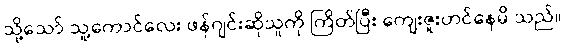
သို့သော် သူ့ကောင်လေး ဖန်ဂျင်းဆိုသူကို ကြိတ်ပြီး ကျေးဇူးတင်နေမိ သည်။